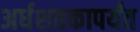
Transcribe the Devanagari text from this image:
अर्धशतकापर्यंत